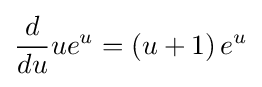
{\frac {d}{du}}ue^{u}=\left(u+1\right)e^{u}